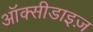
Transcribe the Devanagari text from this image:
ऑक्सीडाइज़